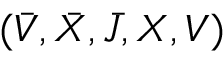
( \bar { V } , \bar { X } , \bar { J } , X , V )